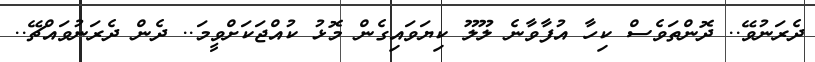
ދެރަނުވޭ.. ދޮންތަވެސް ކިހާ އުފާވާނެ ލޫލޫ ކިޔަވައިގެން މޮޅު ކުއްޖަކަށްވީމަ.. ދެން ދެރަނުވައްޗޭ..